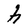
Character: h